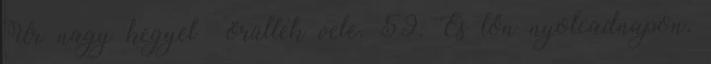
Úr nagy kegyel− örültek vele. 59. És lőn nyolcadnapon,